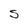
Character: S